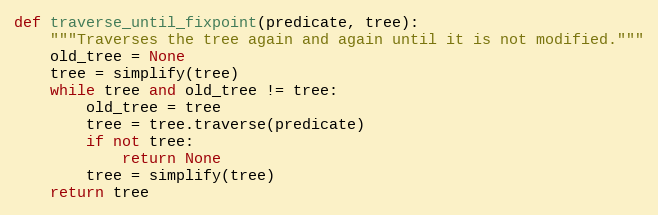
Language: Python
def traverse_until_fixpoint(predicate, tree):
    """Traverses the tree again and again until it is not modified."""
    old_tree = None
    tree = simplify(tree)
    while tree and old_tree != tree:
        old_tree = tree
        tree = tree.traverse(predicate)
        if not tree:
            return None
        tree = simplify(tree)
    return tree